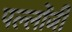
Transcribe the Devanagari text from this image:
पल्लोंजी